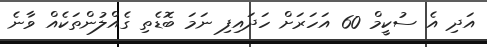
އަދި އެ ސުކީމް 60 އަހަރަށް ހަދައިފި ނަމަ ބޮޑެތި ގެއްލުންތަކެއް ވާނެ